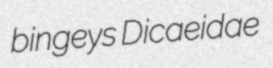
bingeys Dicaeidae